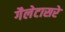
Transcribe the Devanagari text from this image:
गैलेटासरे